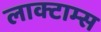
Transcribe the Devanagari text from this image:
लाक्टाम्स